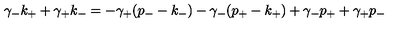
\gamma _ { - } k _ { + } + \gamma _ { + } k _ { - } = - \gamma _ { + } ( p _ { - } - k _ { - } ) - \gamma _ { - } ( p _ { + } - k _ { + } ) + \gamma _ { - } p _ { + } + \gamma _ { + } p _ { - } \nonumber